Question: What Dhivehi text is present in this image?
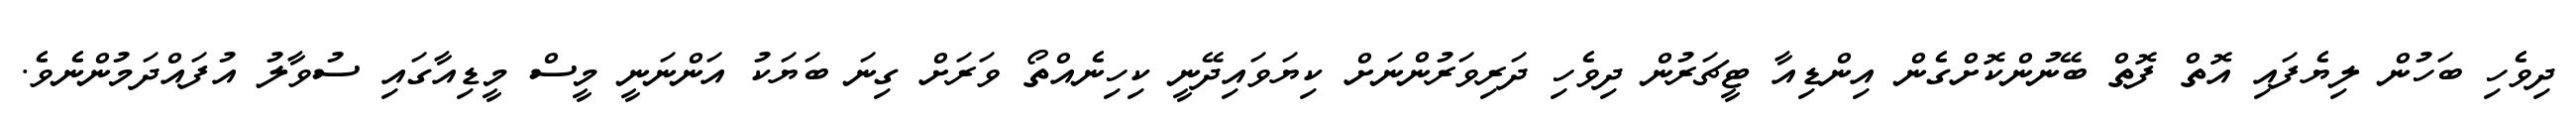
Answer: ދިވެހި ބަހުން ލިޔެފައި އޮތް ފޮތް ބޭނުންކޮށްގެން އިންޑިއާ ޓީޗަރުން ދިވެހި ދަރިވަރުންނަށް ކިޔަވައިދޭނީ ކިހިނެއްތޯ ވަރަށް ގިނަ ބަޔަކު އަންނަނީ މީސް މީޑިއާގައި ސުވާލު އުފައްދަމުންނެވެ.